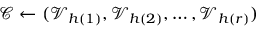
\mathcal { C } \gets ( \mathcal { V } _ { h ( 1 ) } , \mathcal { V } _ { h ( 2 ) } , \ldots , \mathcal { V } _ { h ( r ) } )